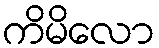
ကိမိလော